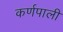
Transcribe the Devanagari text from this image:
कर्णपाली